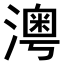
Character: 𤀀